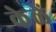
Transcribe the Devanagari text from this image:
केळें